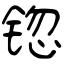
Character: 锪